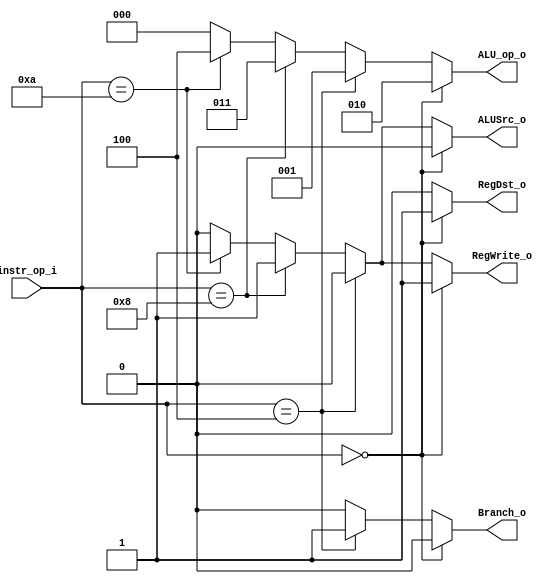
//Subject:     CO project 2 - Decoder
//--------------------------------------------------------------------------------
//Version:     1
//--------------------------------------------------------------------------------
//Writer:      Luke
//----------------------------------------------
//Date:        
//----------------------------------------------
//Description: 
//--------------------------------------------------------------------------------

module Decoder(
    instr_op_i,
	RegWrite_o,
	ALU_op_o,
	ALUSrc_o,
	RegDst_o,
	Branch_o
	);
     
//I/O ports
input  [6-1:0] instr_op_i;

output [3-1:0] ALU_op_o;
output         ALUSrc_o;
output         RegWrite_o;
output         RegDst_o;
output         Branch_o;
 
//Internal Signals
wire   [3-1:0] ALU_op_o;
wire           ALUSrc_o;
wire           RegWrite_o;
wire           RegDst_o;
wire           Branch_o;

//Parameter


//Main function
// ALU_op_o
assign ALU_op_o = (instr_op_i == 6'b000000)? 3'b010: // R-type
                  (instr_op_i == 6'b000100)? 3'b001: // BEQ
                  (instr_op_i == 6'b001000)? 3'b011: // ADDI
                  (instr_op_i == 6'b001010)? 3'b100: // SLTI
                  3'b0;
// ALUSrc_o
assign ALUSrc_o = (instr_op_i == 6'b000000)? 0: // R-type
                  (instr_op_i == 6'b000100)? 0: // BEQ
                  (instr_op_i == 6'b001000)? 1: // ADDI
                  (instr_op_i == 6'b001010)? 1: // SLTI
                  1'b0;
// RegWrite_o
assign RegWrite_o = (instr_op_i == 6'b000000)? 1: // R-type
                    (instr_op_i == 6'b000100)? 0: // BEQ
                    (instr_op_i == 6'b001000)? 1: // ADDI
                    (instr_op_i == 6'b001010)? 1: // SLTI
                    1'b0;
// RegDst_o
assign RegDst_o = (instr_op_i == 6'b000000)? 1: // R-type
                  (instr_op_i == 6'b000100)? 0: // BEQ
                  (instr_op_i == 6'b001000)? 0: // ADDI
                  (instr_op_i == 6'b001010)? 0: // SLTI
                  1'b0;
// Branch_o
assign Branch_o = (instr_op_i == 6'b000000)? 0: // R-type
                  (instr_op_i == 6'b000100)? 1: // BEQ
                  (instr_op_i == 6'b001000)? 0: // ADDI
                  (instr_op_i == 6'b001010)? 0: // SLTI
                  1'b0;

endmodule